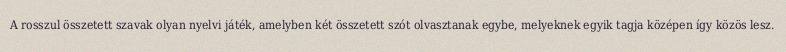
A rosszul összetett szavak olyan nyelvi játék, amelyben két összetett szót olvasztanak egybe, melyeknek egyik tagja középen így közös lesz.